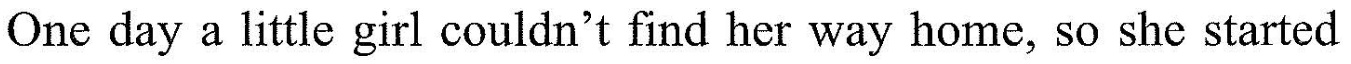
One day a little girl couldn't find her way home, so she started